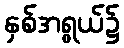
နှစ်အရွယ်၌